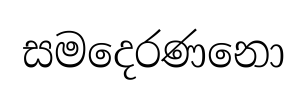
සමදෙරණනො